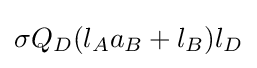
\sigma Q_{D}(l_{A}a_{B}+l_{B})l_{D}